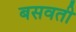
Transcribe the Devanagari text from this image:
बसवती